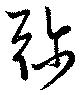
弥